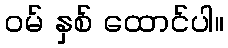
ဝမ် နှစ် ထောင်ပါ။